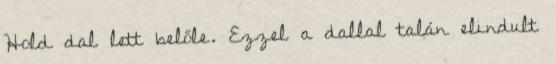
Hold dal lett belőle. Ezzel a dallal talán elindult